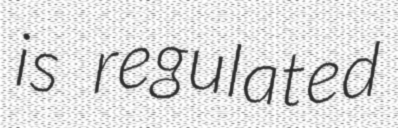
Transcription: is regulated